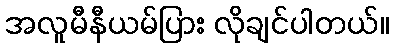
အလူမီနီယမ်ပြား လိုချင်ပါတယ်။